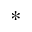
^ \ast